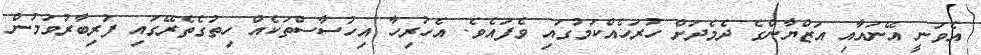
އެވަނީ އޭނައާއި އަޒްޔާންގެ ދެމެދަށް ހުރަހެއްކަމުގައި ވެފައެވެ. އެހުރިހާ އިހުސާސްތަކެއް ހިތުގެތެރޭގައި ފުރިބާރުވަމުން